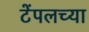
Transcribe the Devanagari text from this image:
टेंपलच्या